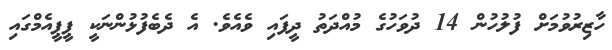
ހާޒިރުވުމަށް ފުލުހުން 14 ދުވަހުގެ މުއްދަތު ދީފައި ވެއެވެ. އެ ދެބެފުޅުންނަކީ ޕީޕީއެމްގައި